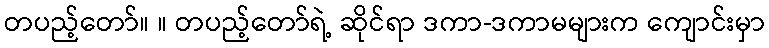
တပည့်တော်။ ။ တပည့်တော်ရဲ့ ဆိုင်ရာ ဒကာ-ဒကာမများက ကျောင်းမှာ